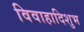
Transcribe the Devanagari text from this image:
विवाहादिशुभ